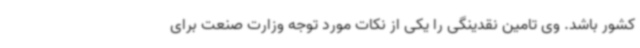
کشور باشد. وی تامین نقدینگی را یکی از نکات مورد توجه وزارت صنعت برای